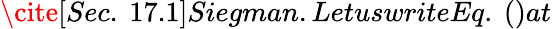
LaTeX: \cite[Sec.~17.1]{Siegman}.LetuswriteEq.~()at